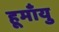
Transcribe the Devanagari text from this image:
हूमाँयु